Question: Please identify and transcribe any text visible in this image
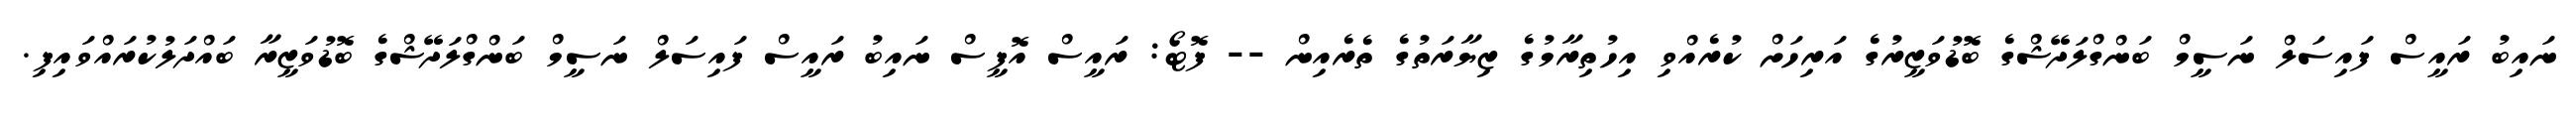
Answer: ނައިބު ރައީސް ފައިސަލް ނަސީމް ބަންގްލަދޭޝްގެ ބޮޑުވަޒީރުގެ އަރިހަށް ކުރެއްވި އިހުތިރާމުގެ ޒިޔާރަތުގެ ތެރެއިން -- ފޮޓޯ: ރައީސް އޮފީސް ނައިބު ރައީސް ފައިސަލް ނަސީމް ބަންގްލަދޭޝްގެ ބޮޑުވަޒީރާ ބައްދަލުކުރައްވައިފި.